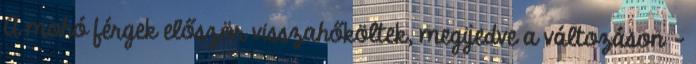
A mohó férgek először visszahőköltek, megijedve a változáson -